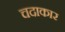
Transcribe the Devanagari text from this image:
चदाकार